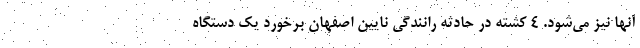
آنها نیز می‌شود. 4 کشته در حادثه رانندگی نایین اصفهان برخورد یک دستگاه